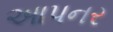
આપનર